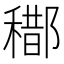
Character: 𨞒